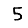
Digit: 5